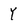
Character: Y